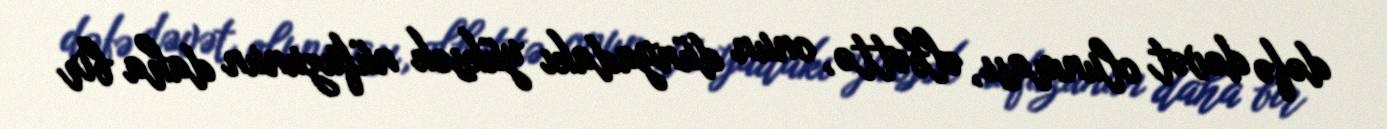
dəfə dəvət olunması, əlbəttə, onun dünyadakı yüksək nüfuzunun daha bir